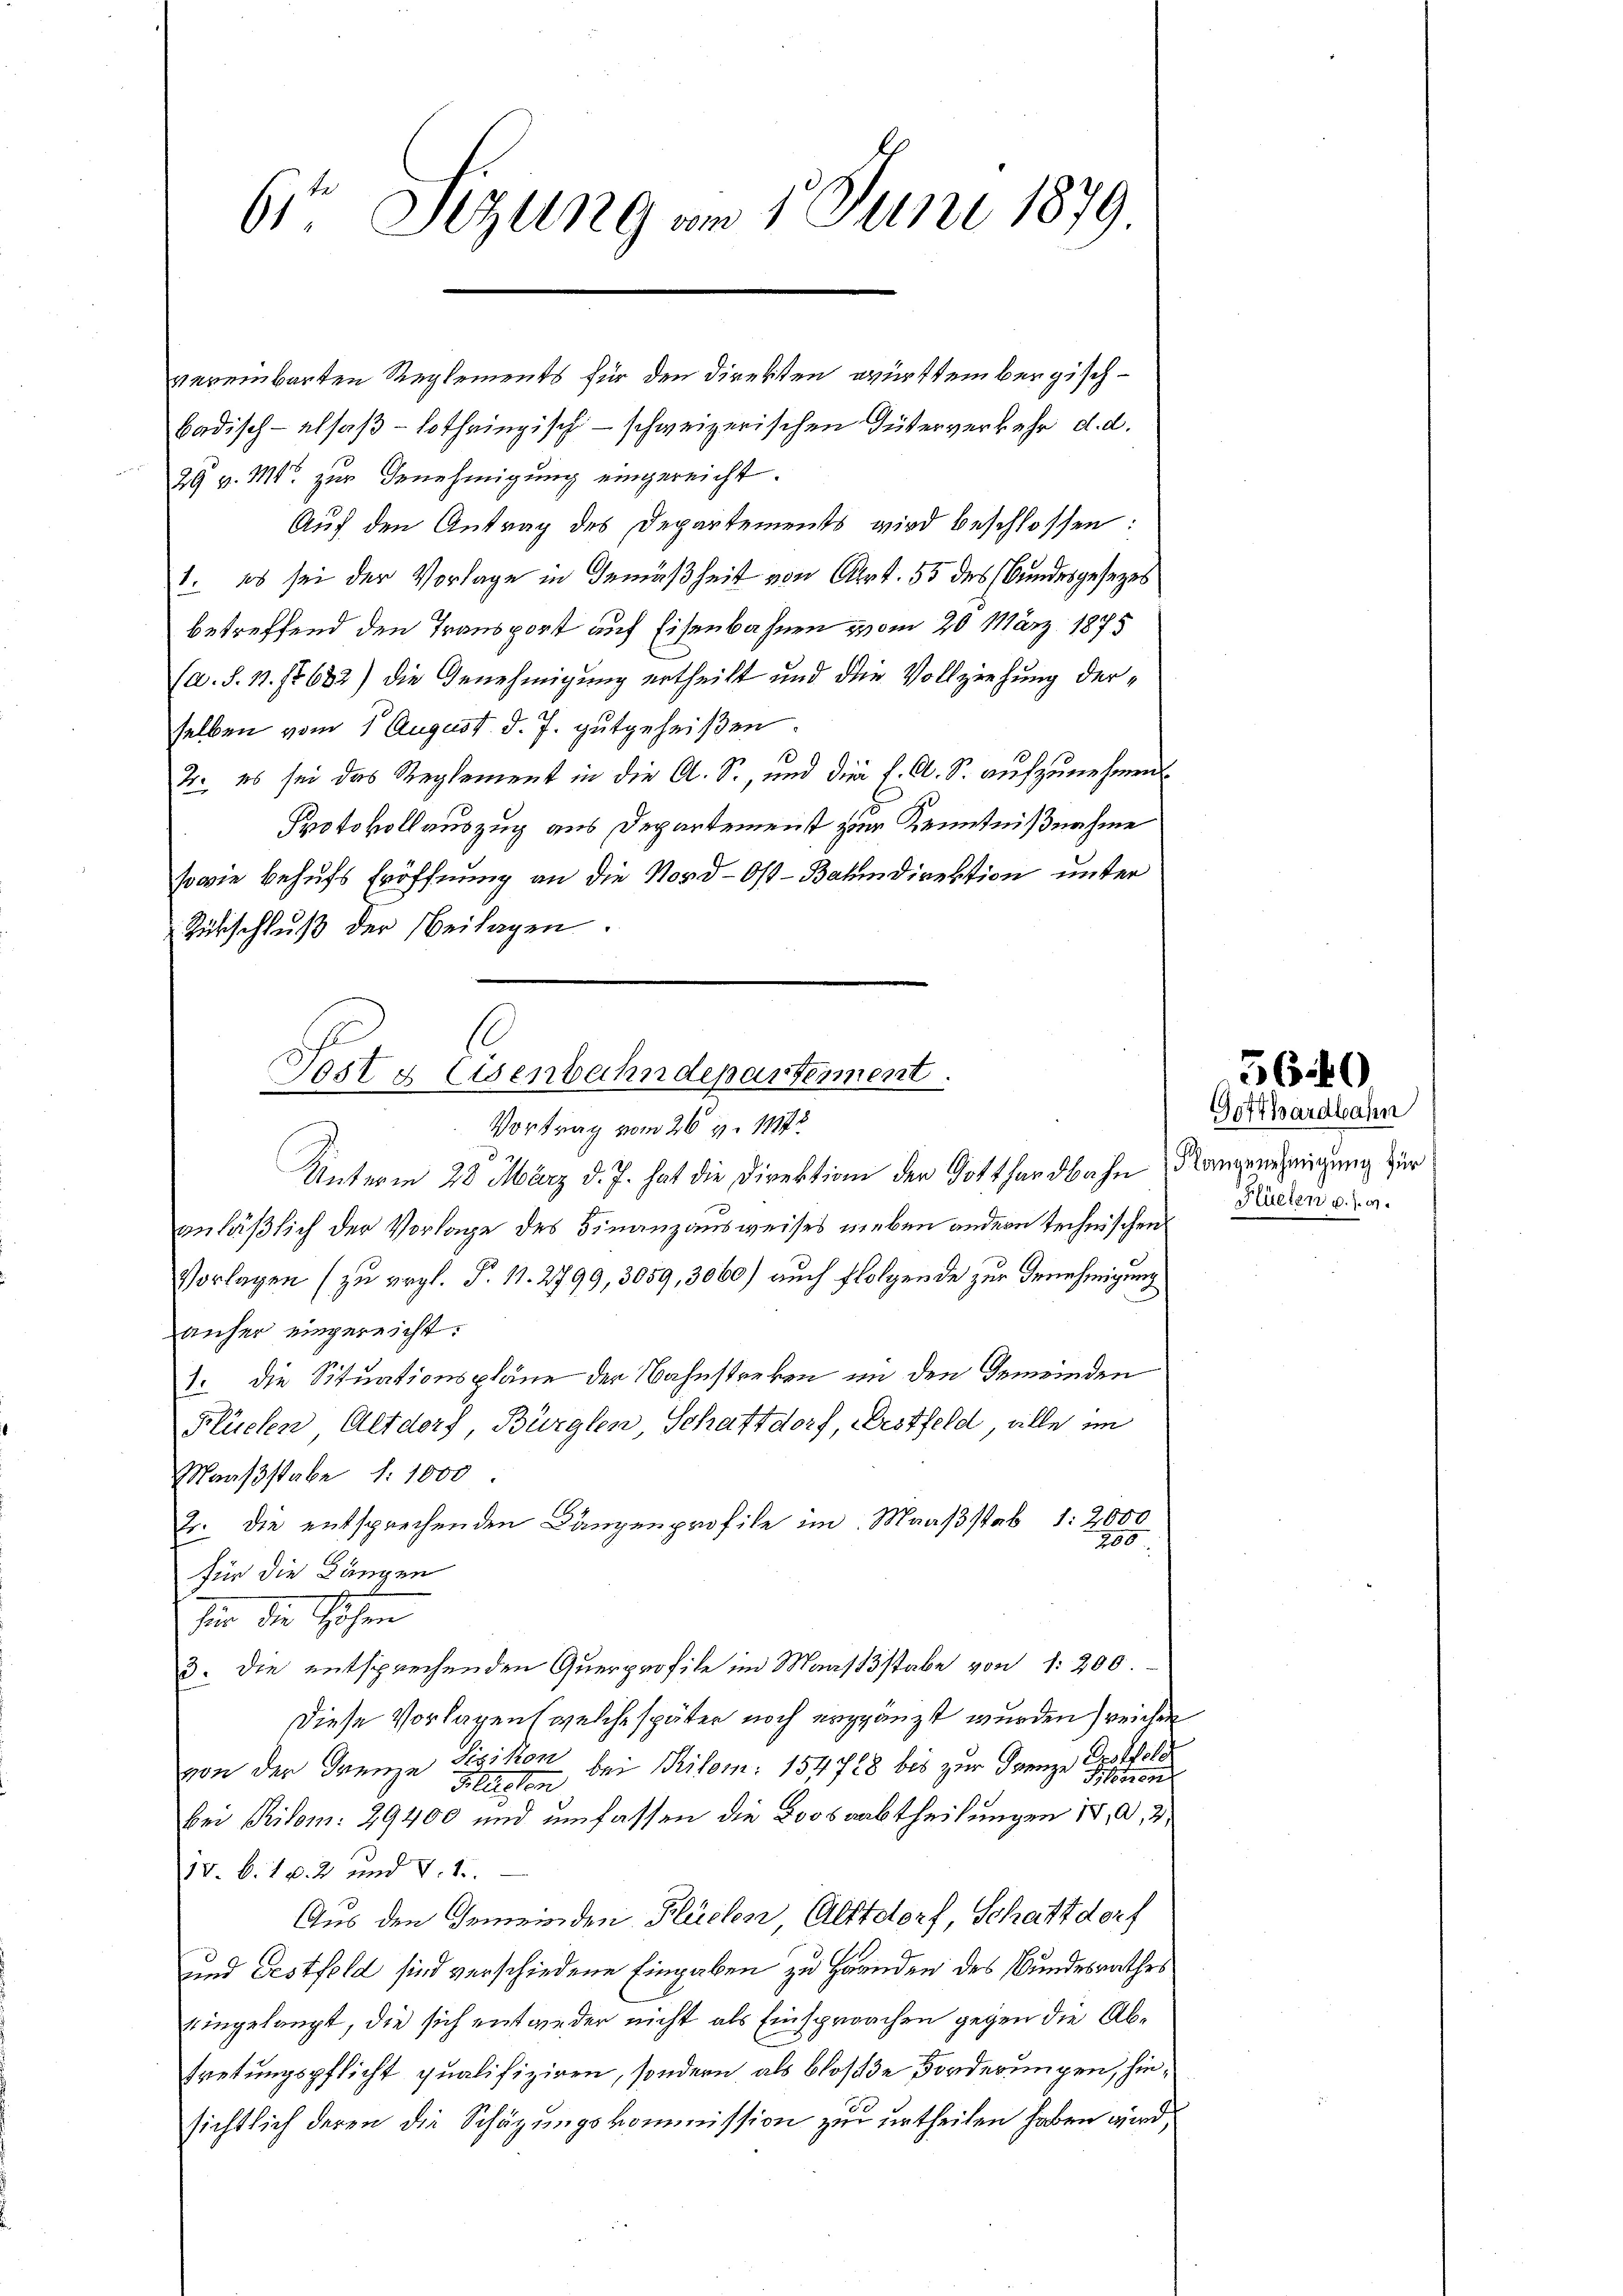
6ten Sizung am 1. Juni 1879

badisch-alsaβ-Lothringisch - schweizerischen Güterverkehr d. d.
29 v. Mts. zur Genehmigung eingereicht.
Auf den Antrag des Departements wird beschlossen:
1. es sei der Vorlage in Gemäßheit von Art. 55 des Bundesgesezes
betreffend den Transport auf Eisenbahnen vom 20. März 1875
(a. §. 11. 1632) die Genehmigung ertheilt und die Vollziehung derselben vom 1 August d. J. gutgeheißen.
1
2. es sei das Reglement in die A. S., und die f. A. S. aufzunehmen
Protokollauszug aus Departement zur Kenntnißnahme
sowie behufs Eröffnung an die Nord-Ost-Bahndirektion unter
Rükschluß der Beilagen.

Post & Eisenbahndepartement.
Vortrag vom 26. v. 1814.

Unterm 28. März d. J. hat die Direktion der Gotthardbahn Rangenehmigung zur
anläßlich der Vorlage des Finanzausweises neben andern technischen
Vorlagen (zu ergl. P. 11. 2799, 3059, 3060) auch folgende zur Genehmigung
anher eingereicht.
1. die Situationspläne der Bahnstreken im den Gemeinden
Flüelen, Altdorf, Bürglen, Schattdorf, Westfeld, alle im
Maaßstabe f. 1000
2. Die entsprechenden Langenprofile im Maaßstab 1: 2000
200.
für die Längen
für die Höhen
3. Die entsprechenden Querprofile im Maaßstabe von 1: 200.
Diese Vorlagen, welche später noch ergänzt wurden, weichen
Oroffeld
von der Grenze Risikon bei Kilom: 154728 bis zur Grenze Peten
Fleisten
bei Pilom: 29400 und umfassen die Boosaabtheilungen 18, a, 2
1v. 6. 10. 2 und V. 1.
Aus den Gemeinden Flüchen Altdorf, Schattdorf
und Festfeld sind verschiedene Eingaben zu Handen des Bundesrathes
eingelangt, die sich entweder nicht als Einsprachen gegen die Abtretungspflicht qualifiziren, sondern, als blose Forderungen, hinsichtlich deren die Schägungskommission zu urtheilen haben wird,

vereinbarten Reglements für den Direkten württembergisch¬

5640

Gotthardbahn
Hüelen u. s. w.